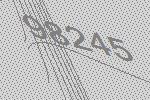
98245